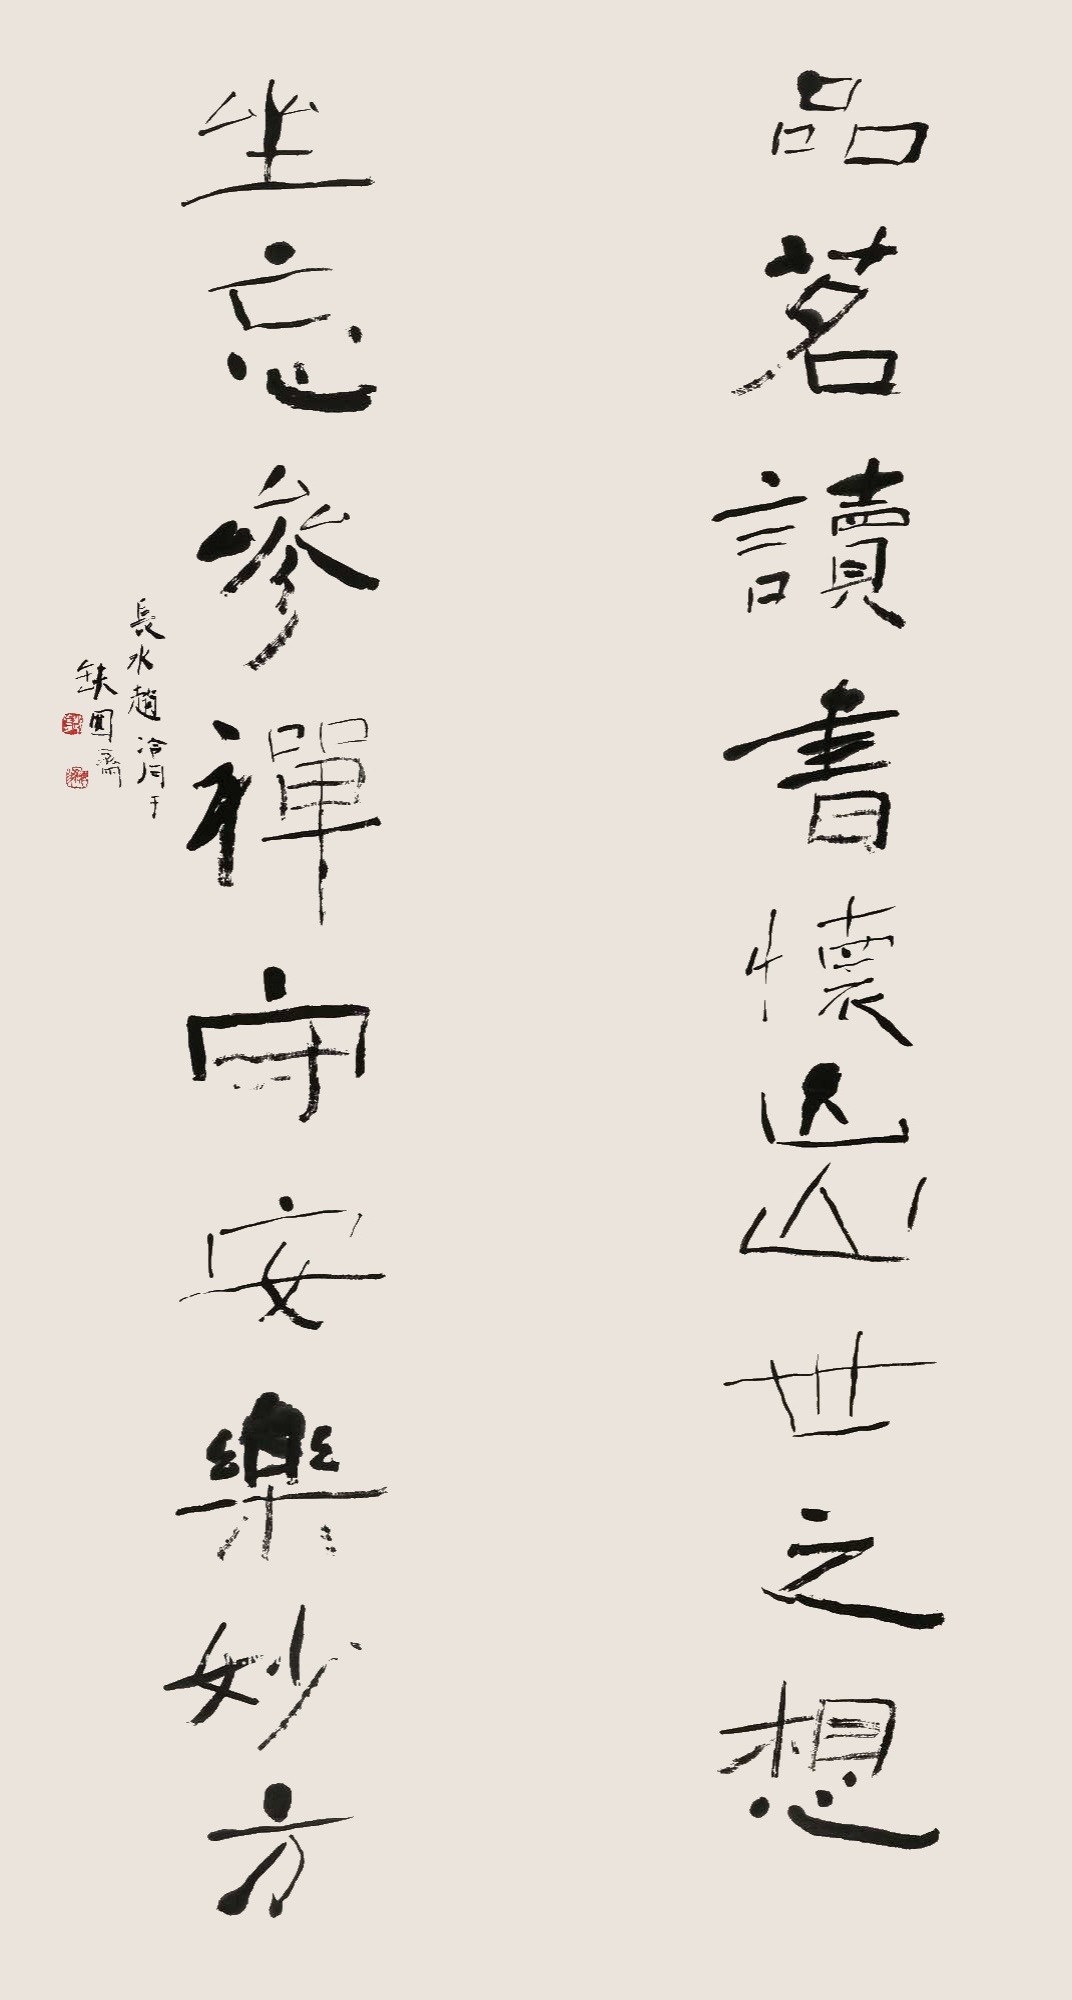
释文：品茗读书怀出世之想，坐忘参禅守安乐妙方。长水赵冷月于缺圆斋。